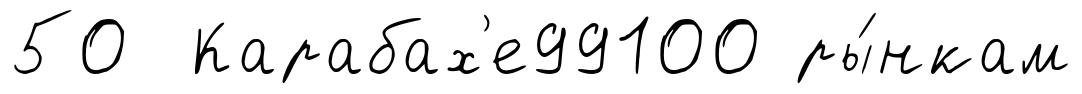
50 Карабах'е99100 ры́нкам